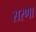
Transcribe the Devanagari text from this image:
सरणा